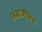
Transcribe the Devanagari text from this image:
अंबाजींचेच